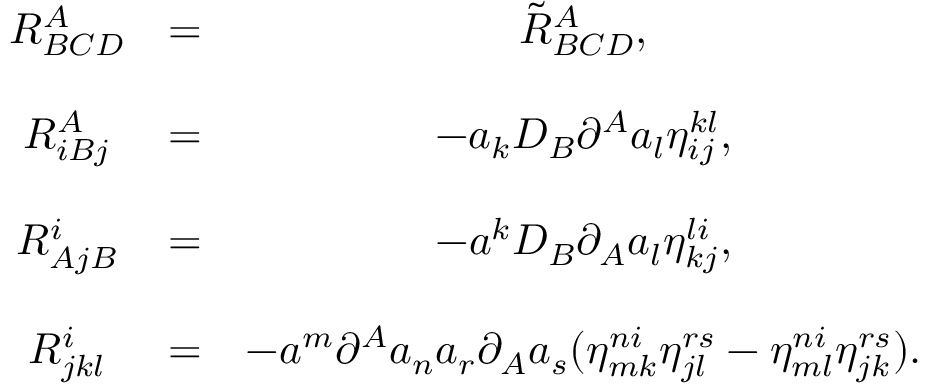
\begin{array} { c c c } { { R _ { B C D } ^ { A } } } & { { = } } & { { \tilde { R } _ { B C D } ^ { A } , } } \\ { { } } & { { } } & { { } } \\ { { R _ { i B j } ^ { A } } } & { { = } } & { { - a _ { k } D _ { B } \partial ^ { A } a _ { l } \eta _ { i j } ^ { k l } , } } \\ { { } } & { { } } & { { } } \\ { { R _ { A j B } ^ { i } } } & { { = } } & { { - a ^ { k } D _ { B } \partial _ { A } a _ { l } \eta _ { k j } ^ { l i } , } } \\ { { } } & { { } } & { { } } \\ { { R _ { j k l } ^ { i } } } & { { = } } & { { - a ^ { m } \partial ^ { A } a _ { n } a _ { r } \partial _ { A } a _ { s } ( \eta _ { m k } ^ { n i } \eta _ { j l } ^ { r s } - \eta _ { m l } ^ { n i } \eta _ { j k } ^ { r s } ) . } } \end{array}